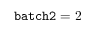
\mathtt { b a t c h 2 } = 2